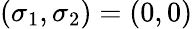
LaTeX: (\sigma_{1},\sigma_{2})=(0,0)